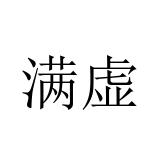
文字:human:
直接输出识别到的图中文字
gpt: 满虚